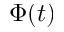
\Phi ( t )